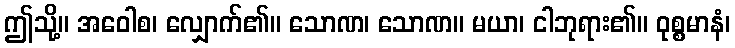
ဤသို့။ အဝေါစ၊ လျှောက်၏။ သောဏ၊ သောဏ။ မယာ၊ ငါဘုရား၏။ ဝုစ္စမာနံ၊